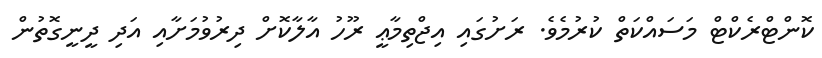
ކޮންޓްރެކްޓް މަސައްކަތް ކުރުމެވެ. ރަށުގައި އިޖްތިމާޢީ ރޫހު އާލާކޮށް ދިރުވުމަށާއި އަދި ދީނީގޮތުން